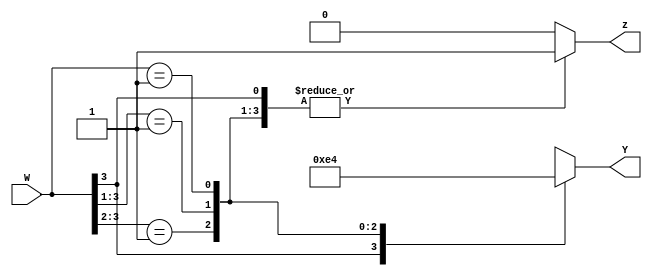
module priority(W,Y,z);
input [3:0]W;
output reg [1:0]Y;
output reg z;
always @(W)
begin
z=1;
casex(W)
4'b1xxx: Y=3;
4'b01xx: Y=2;
4'b001X: Y=1;
4'b0001: Y=0;
default:
 begin 
z=0;
Y=2'bx;
end
endcase
end
endmodule